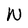
Character: W